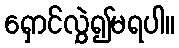
ရှောင်လွှဲ၍မရပါ။